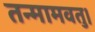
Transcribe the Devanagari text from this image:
तन्मामवतु।